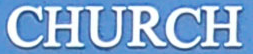
CHURCH